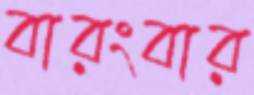
বারংবার